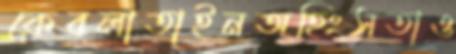
কেবলাতাইনঅহিংসতাও